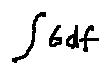
\int 6 d f